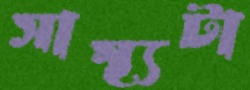
সাস্থ্যটা